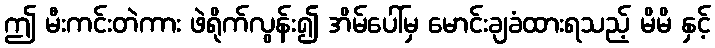
ဤ မီးကင်းတဲကား ဖဲရိုက်လွန်း၍ အိမ်ပေါ်မှ မောင်းချခံထားရသည့် မိမိ နှင့်